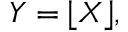
Y = \lfloor X \rfloor ,